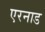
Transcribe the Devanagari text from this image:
एरनाड